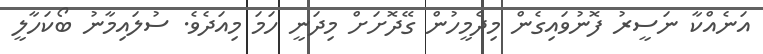
އަނެއްކާ ނަސީރު ފޮނުވައިގެން މިދެމީހުން ގޭދޮށަށް މިދަނީ ހަމަ މިއަދެވެ. ސުލައިމާނު ބޯކަހާލީ